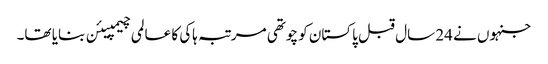
جنہوں نے 24 سال قبل پاکستان کو چوتھی مرتبہ ہاکی کا عالمی چیمپیئن بنایا تھا۔